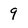
Character: 9